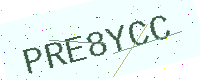
Text: PRE8YCC